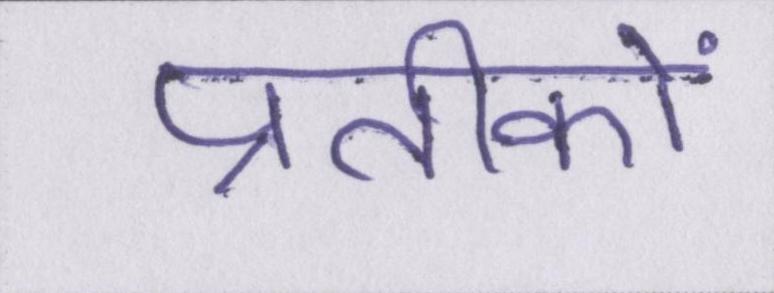
प्रतीकों